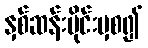
နှစ်ဆန်းပိုင်းမှစ၍